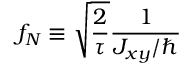
f _ { N } \equiv \sqrt { \frac { 2 } { \tau } } \frac { 1 } { J _ { x y } / \hbar }